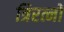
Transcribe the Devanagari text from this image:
त्रिरत्नों